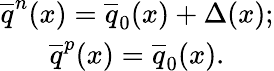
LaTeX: \begin{array}{clcr}{{\overline{{{q}}}^{n}(x)=\overline{{{q}}}_{0}(x)+\Delta(x);}}\\ {{\overline{{{q}}}^{p}(x)=\overline{{{q}}}_{0}(x).}}\end{array}